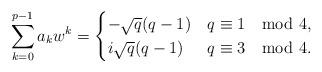
LaTeX: \begin{align*} \sum_{k=0}^{p-1}a_kw^k=\begin{cases}-\sqrt{q}(q-1) & q\equiv 1 \mod 4,\\i\sqrt{q}(q-1)& q\equiv 3 \mod 4. \end{cases}\end{align*}